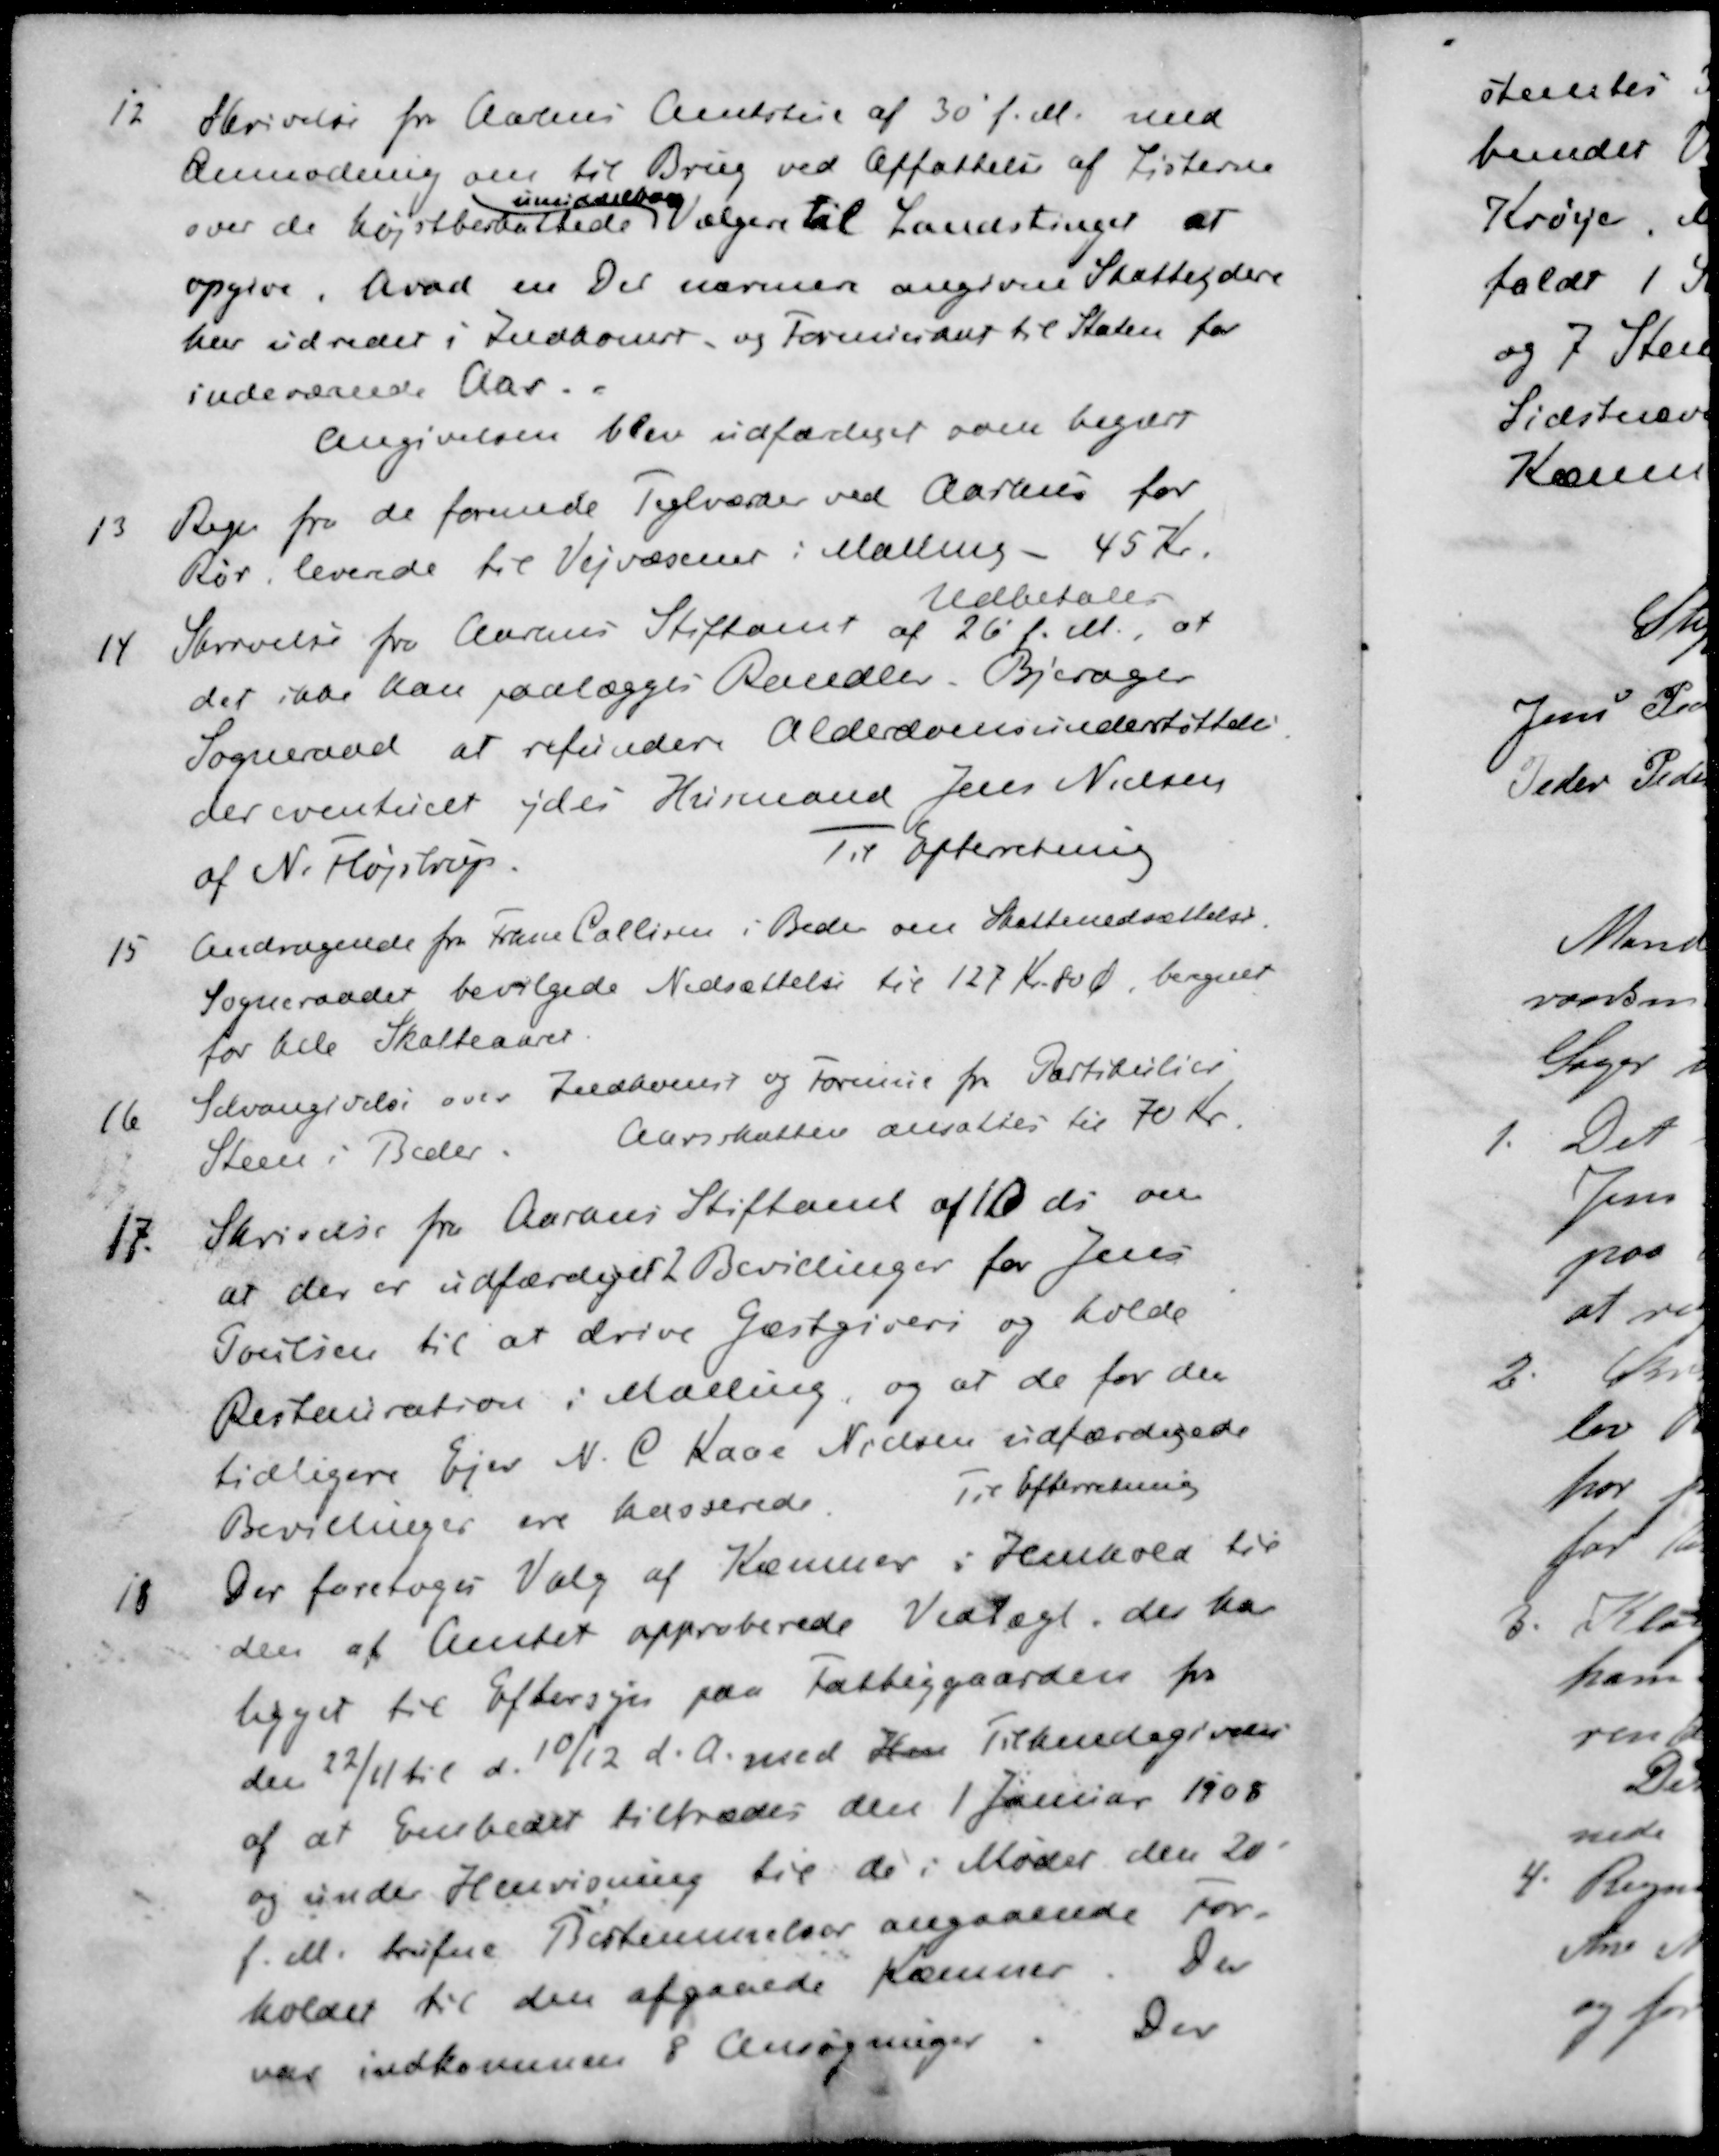
Transskription:
12 Skrivelse fra Aarhus Amtstue af 30' f.M. med
Anmodning om til Brug ved Affattelse af Listerne
umiddelbare
over de højstbeskattede vælgere til Landstinger at
opgive hvad en Del nærmere angivne Skatteydere
har udredet i Indkomst og Formueskat til Staten for
indeværende Aar.
Angivelsen blev udfærdiget som begært
13 Regn fra de forende Teglværker ved Aarhus for
Rør, leverede til Vejvæsenet i Malling - 45 Kr.
Udbetales
14. Skrivelse fra Aarhuss Stiftamt af 26 f. M., at
det ikke han paalægges Randlev Bjerager
Sogneraad at refundere Alderdomsunderstøttelse
der eventuelt ydes Husmand Jens Nielsen
af N. Højstrup.
Til Efterretning
15 Andragende fra Frans Callisen i Beder om Skattenedsættelse
Sogneraadet bevilgede Nedsættelse til 127 Kr. 80 Ø beregnet
for hele Skatteaaret
16 Selvangivelse over Indkomst og Formue fra Partikulier
Steen i Beder. Aarsskatten ansattes til 70 Kr.
17. Skrivelse fra Aarhus Stiftamt af 10 ds om
at der er udfærdiget 2 Bevillinger for Jens
Poulsen til at drive Gæstgiveri og holde
Restauration i Malling, og at de for den
tidligere Ejer N. C. Kaae Nielsen udfærdigede
Bevillinger ere kasserede
Til Efterretning
18 Der foretoges Valg af Kæmner i Henhold til
den af Amtet approberede Vedtægt, der har
ligget til Eftersyn paa Fattiggaarden fra
den 27/11 til d. 10/12 d. A. med Hen Tilkendegivelse
af at Embedet tiltrædes den 1 Januar 1908
og under Henvisning til de i Mødet den 20'
f. M. trufne Bestemmelser angaaende For-
holdet til den afgaaede Kæmner. Der
var indkommen 8 Ansøgninger. Der